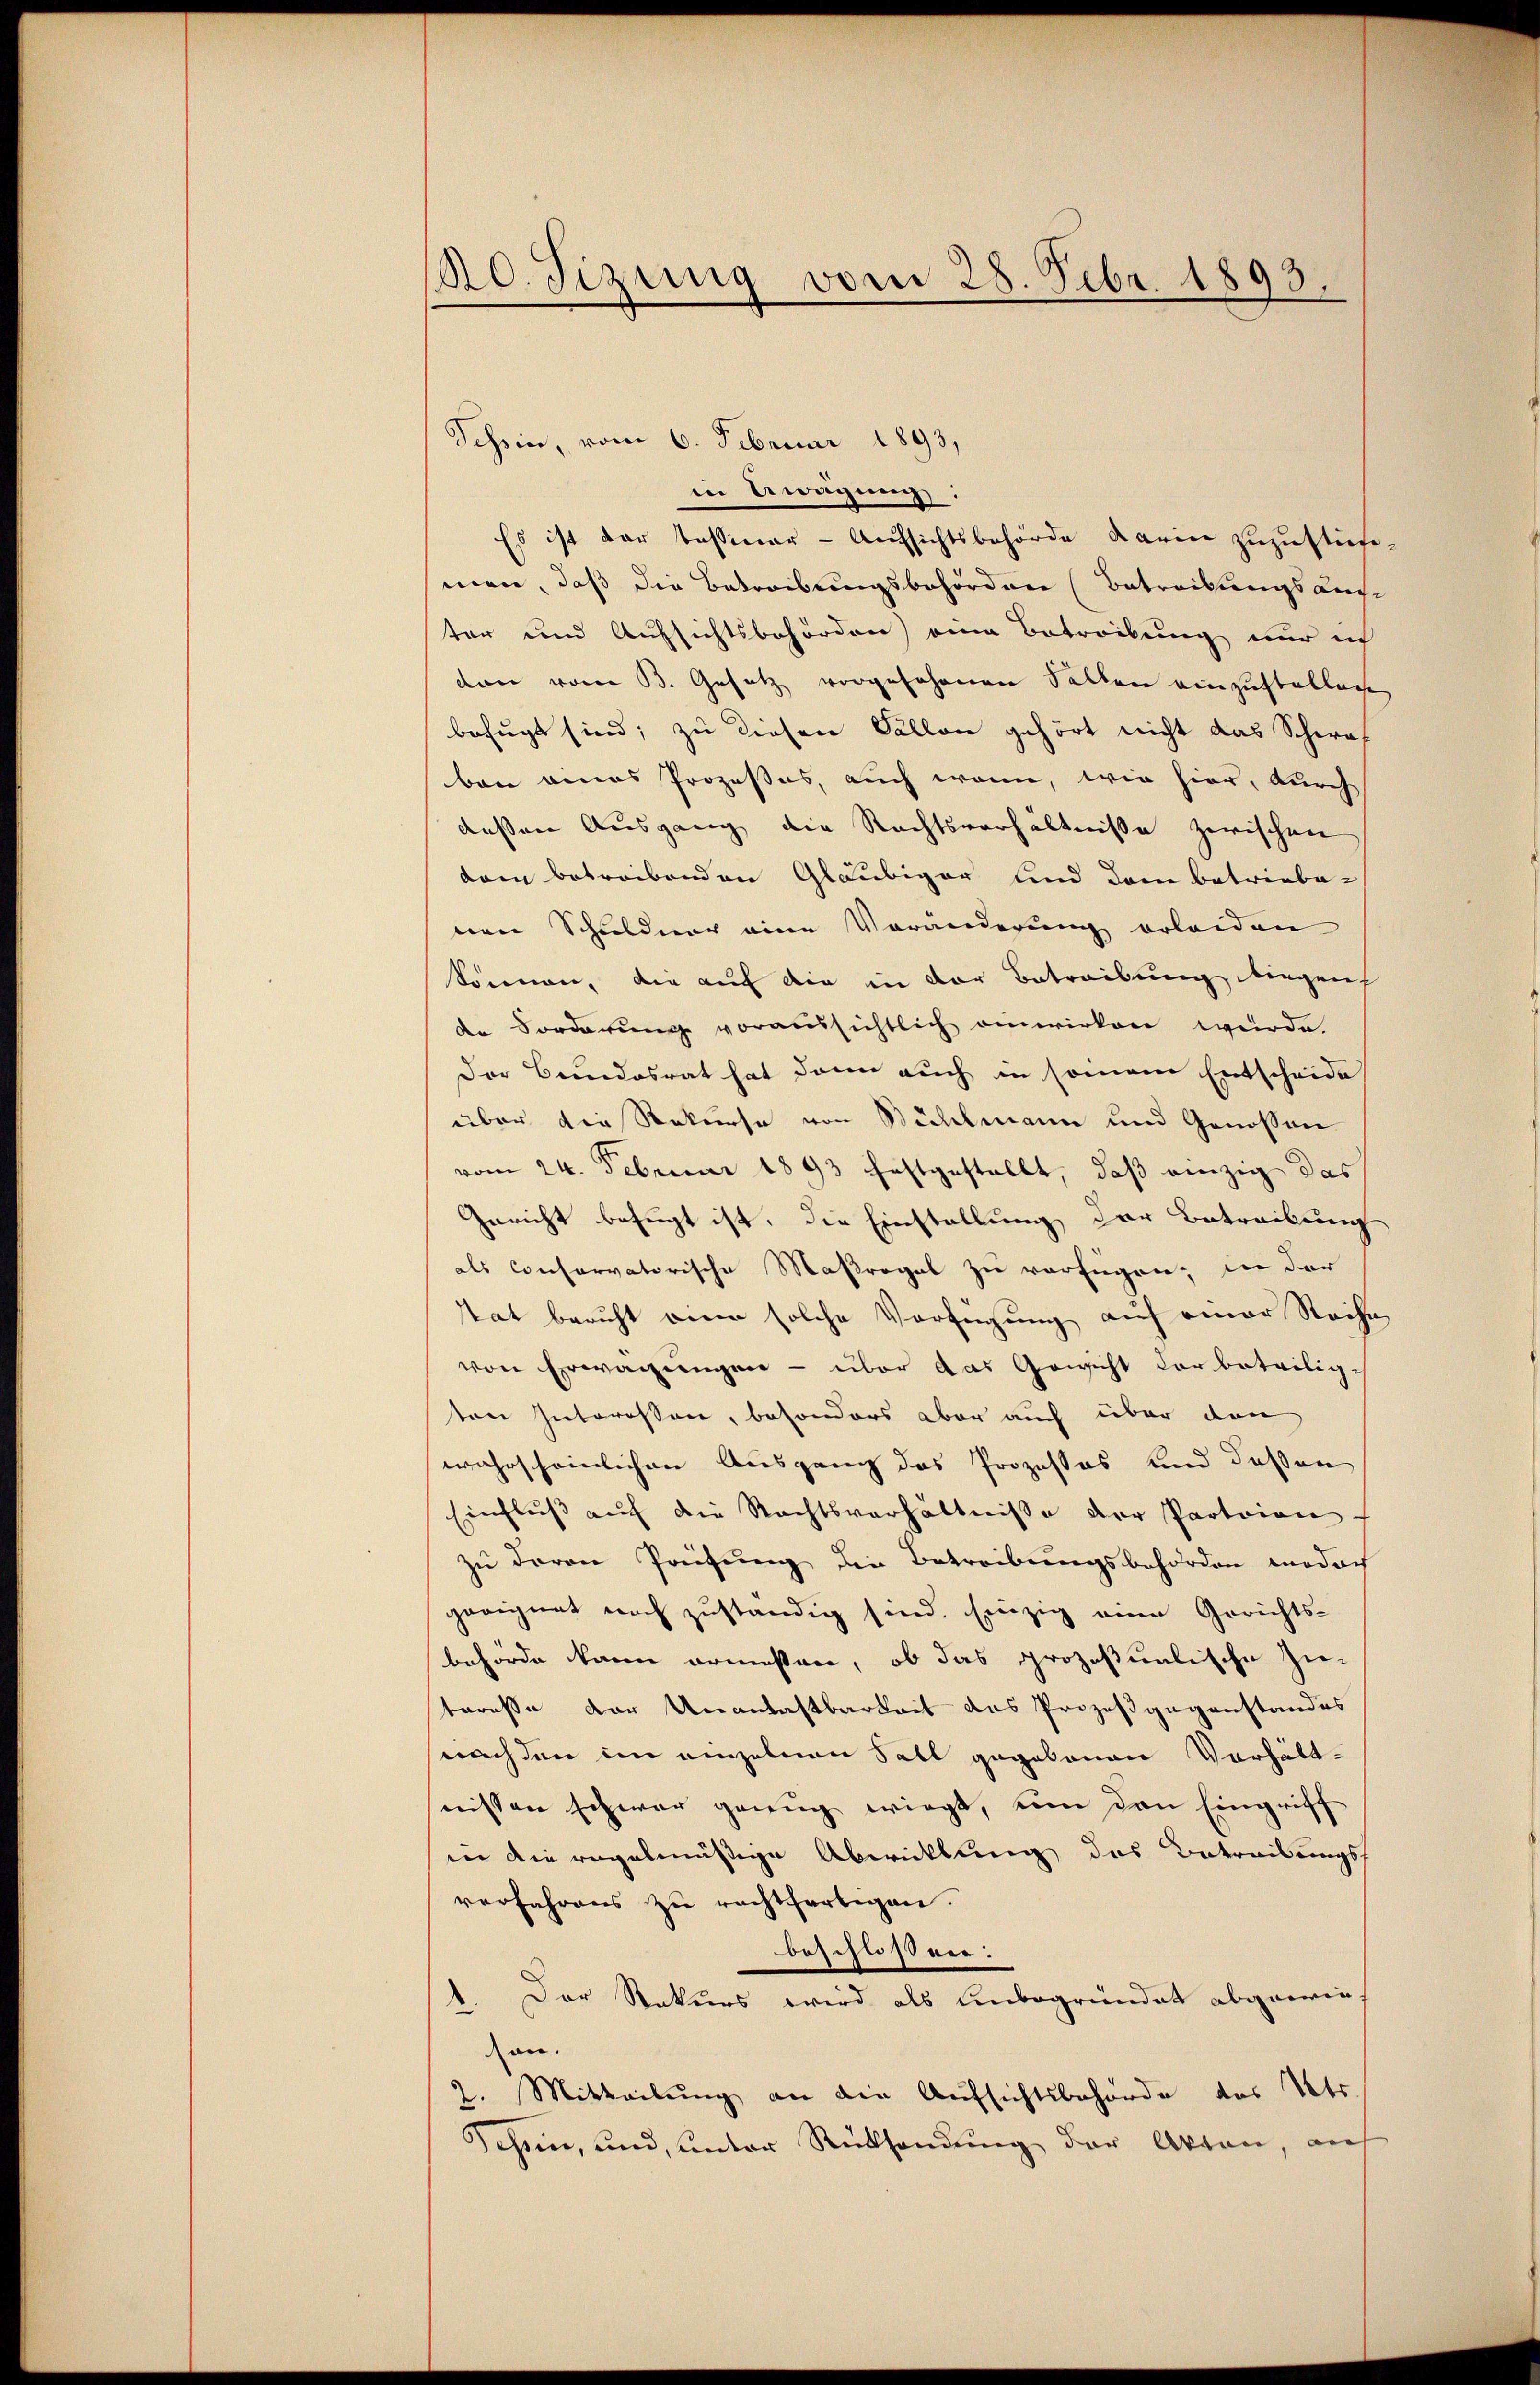
180. Sizung vom 28. Febr. 1893.

Schein, vom 6. Februar 1893,
in Erwägung:
Es ist der Tessiner-Aufsichtsbehörde darin zuzustiz-
men, daß die Betreibungsbehördenen Betreibungsaus-
ter und Aufsichtsbehörden) eine Betreibung nur ich
don vom B. Gesetz vorgesehenen Fallen einzustellige
befugt sind; zu diesen Fällen gehört nicht das Schaf
bon eines Prozesses, auch wenn, wie hier, durch
dessen Ausgang die Rechtsverhältnisse zwischen
dam betreibenden Gläubiger und dem betriebe-
eie Schuldner eine Veränderung erleiden
können, die auf die in der Betreibung biegen
de Forderŭng voraussichtlich anwirken würde.
Der Bundesrat hat dann auch in seinem Entscheide
über die Rekurse von Bühlmann und Genossen
vom 24. Februar 1893 festgestellt, daß einzig das
Gericht befugt ist, die Einstellung der Betreibung
als conservatorische Maßregel zu verfügen; in der
stat beruht einen solche Verfügung auf einer Reihe
von Erwägungen - über das Gewicht der beteilig
ten Interessen, besonders aber auch über den
wahrscheinlichen Ausgang des Prozessos und dessen
Einflŭβ aŭf die Rechtsverhältnisse der Parteien
zu deren Prüfung die Betreibungsbehörden moder
geeignet noch zuständig sind. Einzig eine Gerichts-
“
behörde kann ermessen, ob das prozessualische Zu-
steresse der Unantastbarkeit des Prozeß gegenstandes
nach den im einzelnen Fall gegebenen Verhält-
nissen schwar genug wiegt, um den Eingriff
in die regelmässige Abwicklung des Betreibungsf
verfahrens zu rechtfertigen.
beschlossen:
1. Der Rekurs wird als Unbegründet abgewie-
an.
2. Mitteilung an die Aufsichtsbehörde des Kts.
Schein, und unter Rücksendung der Akten, auf